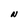
Character: N